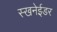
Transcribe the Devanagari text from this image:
स्खनेईडर